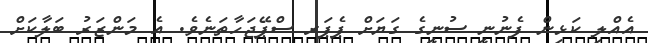
އެއްލި ކަޅިން ފެނުނީ ސުނީގެ ގަޔަށް ޕެޕަރ ސްޕޭޖަހާތަނެވެ. އެ މަންޒަރު ބަލާކަށް